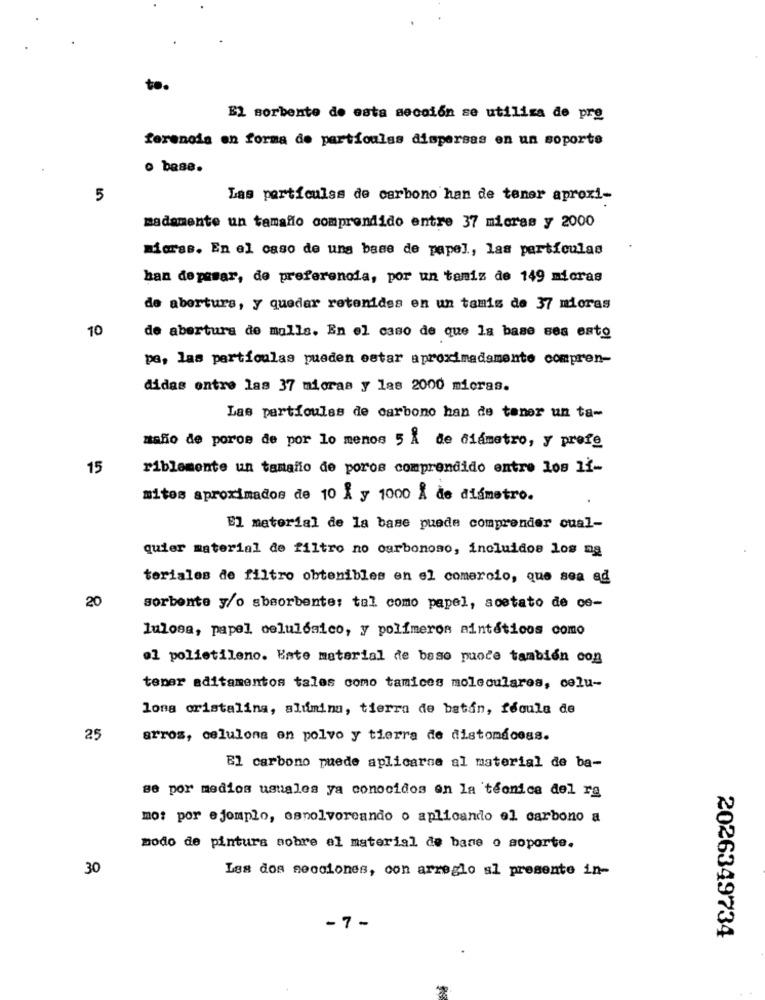
to.
EL sorbente de esta sección se utiliza de pre
ferenoda en forma de partículas dispersas en un soporte
o bese.
5
Las perticulss de carbono han de tener aproxi-
madamente un tamaño comprendido entre 37 micras y 2000
micras. En el caso de uns base de papel, las particulas
han depasar, de preferencia, por un tamiz de 149 micras
de abertura, y quedar retenides en un tamis de 37 micras
10
de abertura de malls. En el caso de que la base ses esto
pa, las partículas pueden estar aproximadamente compren-
didas entre las 37 micras y las 2000 micras.
Las particules de carbono han de tener un ta-
mañío de poros de por lo menos 5 Å de diámetro, y prefe
15
riblemente un tamaño de poros comprendido entre los 1i-
mitos aproximados de 10 L y 1000 Å de diámetro.
El material de la base puede comprender cual-
quier material de filtro no carbonoso, incluidos los ng
teriales de filtro obtenibles en el comercio, que sea ad
20
sorbente y/o absorbente: tal como papel, acetato de ce-
lulosa, papel celuldaico, y polimeros aintéticos como
ol polietileno. Ente material de baso nuoce también con
tener aditamentos tales como tamices moleculares, celu-
long oristalina, alumina, tierra de batan, fécula de
25
arroz, celulona en polvo y tierra de distomacoss.
El carbono puede aplicarse al material de ba-
se por medios usuales ya conocidos en la técnica del ra
mo: por ejemplo, espolvorcando o aplicando el carbono a
modo de pintura sobre el material de base o soporte.
30
Les dos secciones, con arreglo al presente in-
-7-
2026349734